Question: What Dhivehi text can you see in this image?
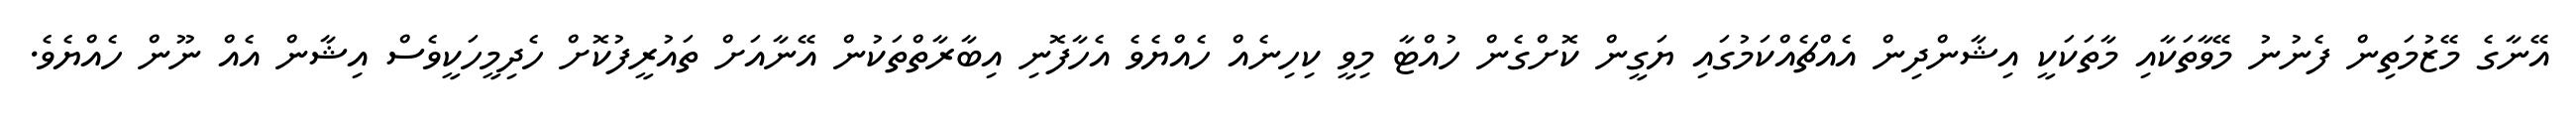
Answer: އޭނާގެ މޭޒުމަތިން ފެނުނު މޭވާތަކާއި މާތަކަކީ އިޝާންދިން އެއްޗެއްކަމުގައި ޔަގީން ކޮށްގެން ހުއްޓާ މިވީ ކިހިނެއް ހެއްޔެވެ އެހާފޮނި އިބާރާތްތަކުން އޭނާއަށް ތައުރީފުކޮށް ހެދިމީހަކީވެސް އިޝާން އެއް ނޫން ހެއްޔެވެ.